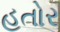
હતોર